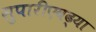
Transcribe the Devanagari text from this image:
सुपारीएवढ्या